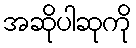
အဆိုပါဆုကို